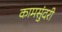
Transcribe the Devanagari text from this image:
कामसुंदरी